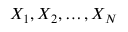
X _ { 1 } , X _ { 2 } , \ldots , X _ { N }